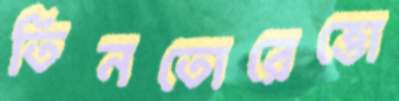
তিনতোরেত্তো